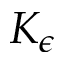
K _ { \epsilon }